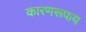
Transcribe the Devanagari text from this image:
कारणरूपाय